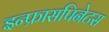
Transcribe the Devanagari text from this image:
इन्फ्रासपिनेटस